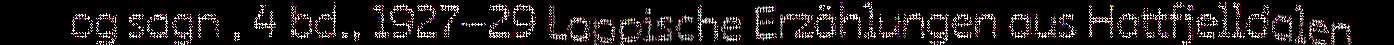
og sagn , 4 bd., 1927–29 Lappische Erzählungen aus Hattfjelldalen